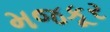
મજકૂર